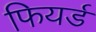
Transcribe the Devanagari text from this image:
फियर्ड